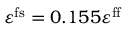
\varepsilon ^ { \mathrm { f s } } = 0 . 1 5 5 \varepsilon ^ { \mathrm { f f } }